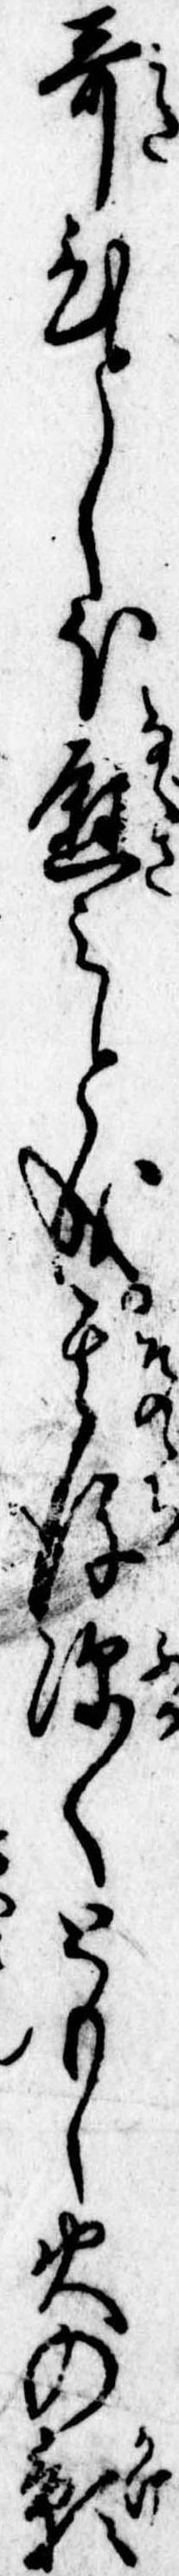
歌ひとしほ慰みと成其後深くともし火の影